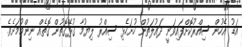
އަޑު އެހުން ސިއްރުކޮށްފައިވަނީ ދައުލަތުން ހުށަހެޅި ސިއްރު ލިޔުމާ ގުޅޭގޮތުން ގޮތެއް ނިންމުމަށެވެ.